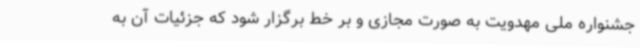
جشنواره ملی مهدویت به صورت مجازی و بر خط برگزار شود که جزئیات آن به